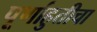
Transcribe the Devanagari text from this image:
पूर्णाहुतीचा